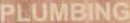
PLUMBING